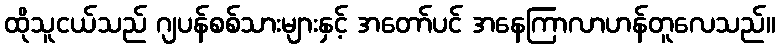
ထိုသူငယ်သည် ဂျပန်စစ်သားများနှင့် အတော်ပင် အနေကြာလာဟန်တူလေသည်။